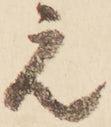
え